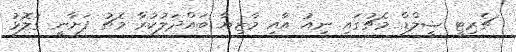
ޗެރިޓީ ޝީލްޑް މެޗުގައި ނިއު އާއި މާޒިޔާ ބައްދަލުކުރާ މެޗު ފަށާނީ ގަލޮޅު